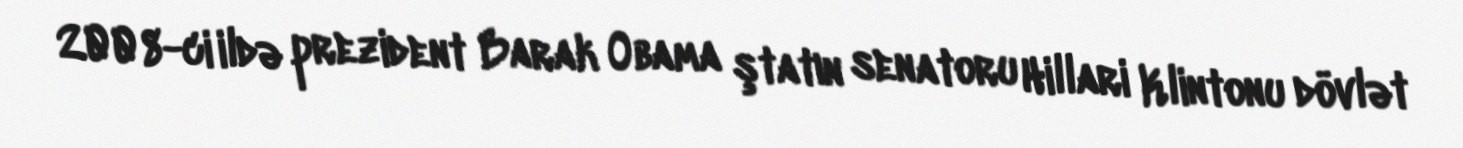
2008-ci ildə prezident Barak Obama ştatın senatoru Hillari Klintonu dövlət